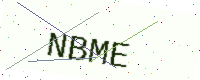
Text: NBME